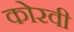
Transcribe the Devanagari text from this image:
कोरवी